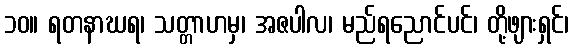
၁၀။ ရတနာဃရ၊ သတ္တာဟမှ၊ အဇပါလ၊ မည်ရညောင်ပင်၊ တို့ဖျားရှင်၊